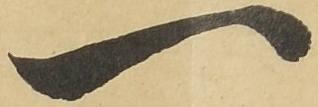
一